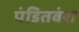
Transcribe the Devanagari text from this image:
पंडितवंश